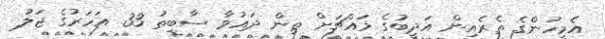
އެމީހުންގެ ތެރެއިން އަދީބުގެ މައްޗަށް ތިން ދައުވާ ސާބިތު 33 އަހަރުގެ ޖަލު